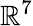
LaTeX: \mathbb{R}^{7}